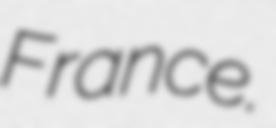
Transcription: France.